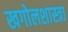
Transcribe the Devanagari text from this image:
खगोलशास्त्रा